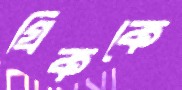
গ্রিককে